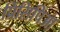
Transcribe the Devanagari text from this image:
प्रिंसिपिआ